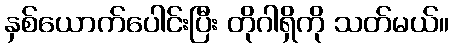
နှစ်ယောက်ပေါင်းပြီး တိုဂါရှိကို သတ်မယ်။